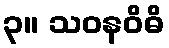
၃။ သဝနဝိဓိ